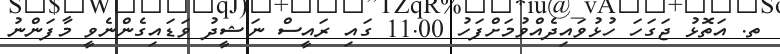
ތ. އަތޮޅު ޖަގަހަ ހުޅުވައިދެއްވުމަށްފަހު 11.00 ގައި ރައީސް ނަޝީދު ވަޑައިގެންނެވީ މާފަންނު